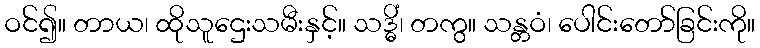
ဝင်၍။ တာယ၊ ထိုသူဌေးသမီးနှင့်။ သဒ္ဓိံ၊ တကွ။ သန္တဝံ၊ ပေါင်းတော်ခြင်းကို။